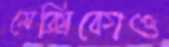
মেক্সিকোও